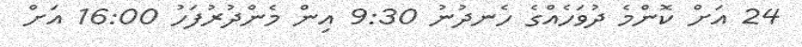
24 އަށް ކޮންމެ ދުވަހެއްގެ ހެނދުނު 9:30 އިން މެންދުރުފަހު 16:00 އަށް